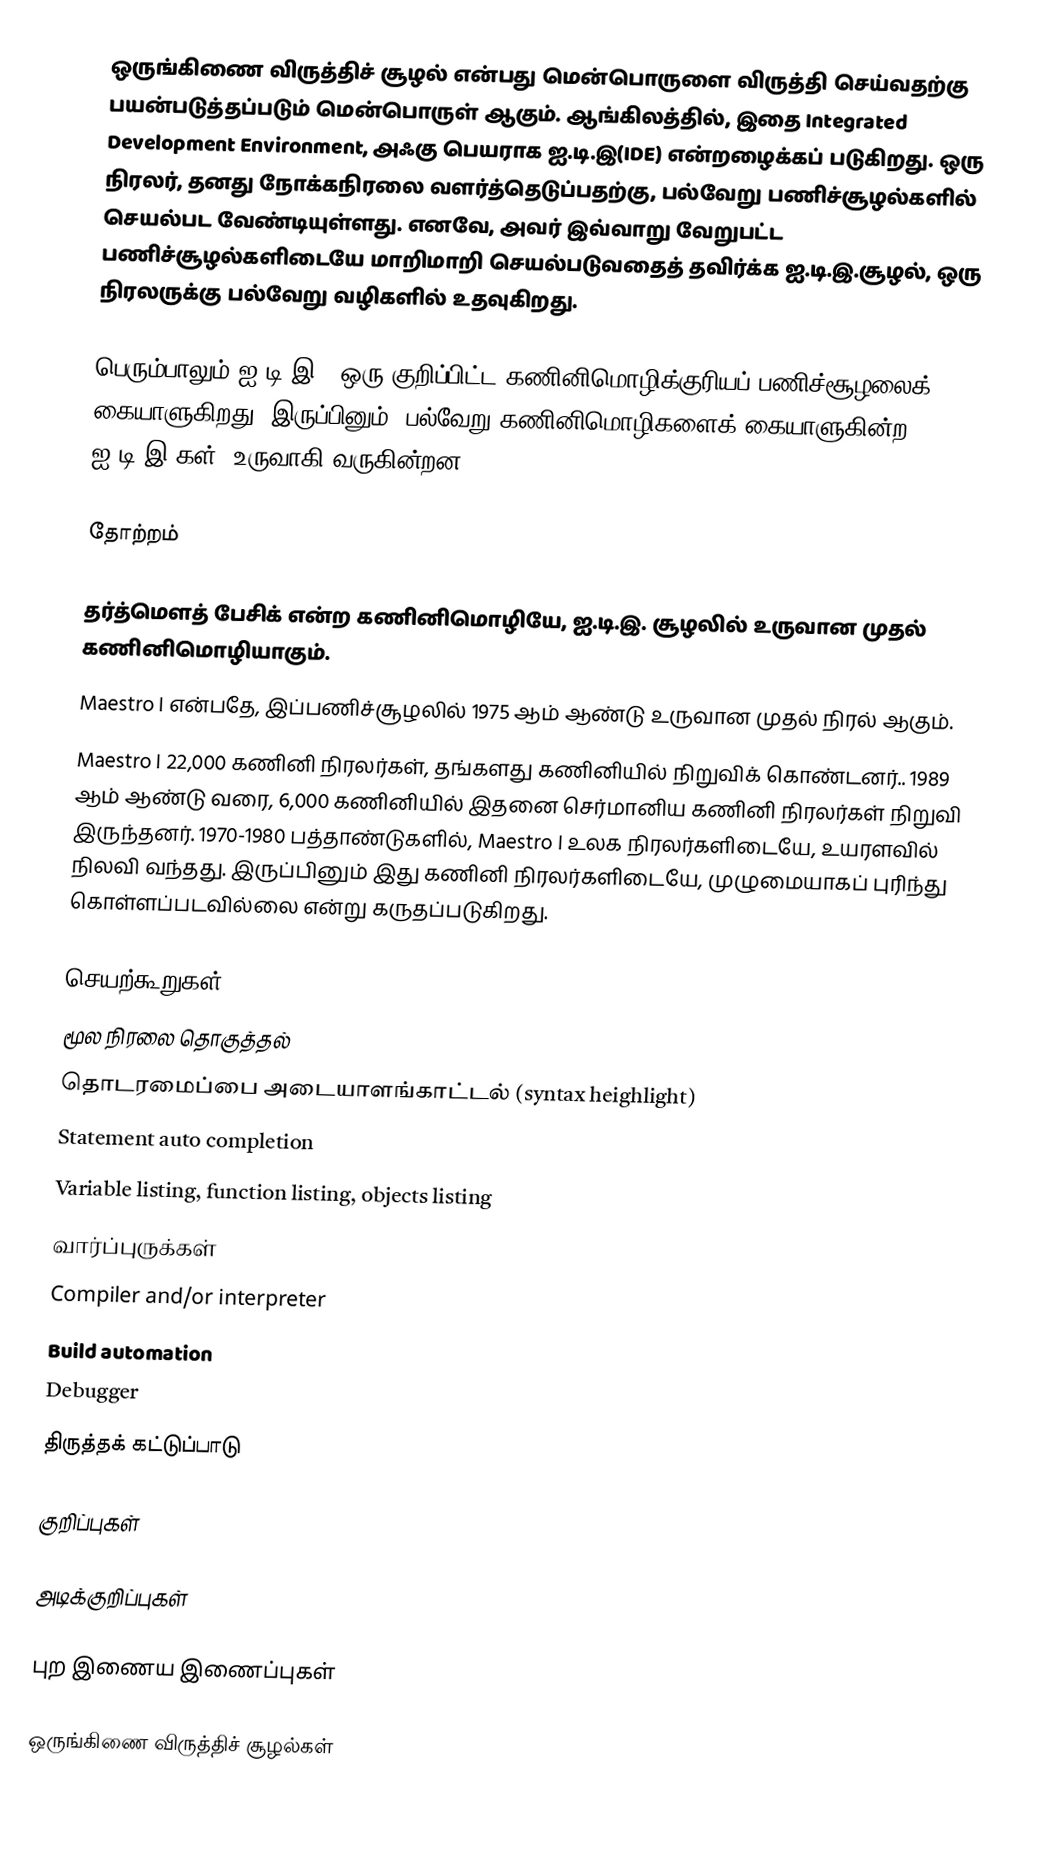
ஒருங்கிணை விருத்திச் சூழல் என்பது மென்பொருளை விருத்தி செய்வதற்கு பயன்படுத்தப்படும் மென்பொருள் ஆகும். ஆங்கிலத்தில், இதை Integrated Development Environment, அஃகு பெயராக ஐ.டி.இ(IDE) என்றழைக்கப் படுகிறது.   ஒரு நிரலர், தனது நோக்கநிரலை வளர்த்தெடுப்பதற்கு, பல்வேறு  பணிச்சூழல்களில் செயல்பட வேண்டியுள்ளது. எனவே, அவர் இவ்வாறு வேறுபட்ட பணிச்சூழல்களிடையே மாறிமாறி செயல்படுவதைத் தவிர்க்க ஐ.டி.இ.சூழல், ஒரு நிரலருக்கு பல்வேறு வழிகளில் உதவுகிறது.

பெரும்பாலும் ஐ.டி.இ., ஒரு குறிப்பிட்ட கணினிமொழிக்குரியப் பணிச்சூழலைக் கையாளுகிறது. இருப்பினும், பல்வேறு கணினிமொழிகளைக் கையாளுகின்ற, ஐ.டி.இ-கள்,  உருவாகி வருகின்றன.

தோற்றம்

தர்த்மௌத் பேசிக்  என்ற கணினிமொழியே, ஐ.டி.இ. சூழலில் உருவான முதல் கணினிமொழியாகும்.
Maestro I என்பதே, இப்பணிச்சூழலில் 1975 ஆம் ஆண்டு உருவான முதல் நிரல் ஆகும்.
 Maestro I  22,000 கணினி நிரலர்கள், தங்களது கணினியில் நிறுவிக் கொண்டனர்.. 1989 ஆம் ஆண்டு வரை, 6,000 கணினியில் இதனை செர்மானிய கணினி நிரலர்கள் நிறுவி இருந்தனர். 1970-1980 பத்தாண்டுகளில், Maestro I உலக நிரலர்களிடையே, உயரளவில் நிலவி வந்தது. இருப்பினும் இது கணினி நிரலர்களிடையே, முழுமையாகப் புரிந்து கொள்ளப்படவில்லை என்று கருதப்படுகிறது.

செயற்கூறுகள்
 மூல நிரலை தொகுத்தல்
 தொடரமைப்பை அடையாளங்காட்டல் (syntax heighlight)
 Statement auto completion
 Variable listing, function listing, objects listing
 வார்ப்புருக்கள்
 Compiler and/or interpreter
 Build automation
 Debugger
 திருத்தக் கட்டுப்பாடு

குறிப்புகள்

அடிக்குறிப்புகள்

புற இணைய இணைப்புகள்

ஒருங்கிணை விருத்திச் சூழல்கள்